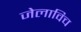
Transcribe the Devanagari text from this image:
जेलाविच